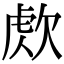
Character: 𣣕